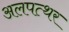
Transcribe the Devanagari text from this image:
अलपत्थर